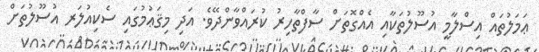
ޢަމަލުތައް އިސްލާމީ އުސޫލުތަކާއި އެއްގޮތަށް ސާފްތާހިރު ކުރައްވާންދޭވެ. އަދި މިޤަޢުމުގައި ސެކިއުލަރ އުސޫލުތަށް